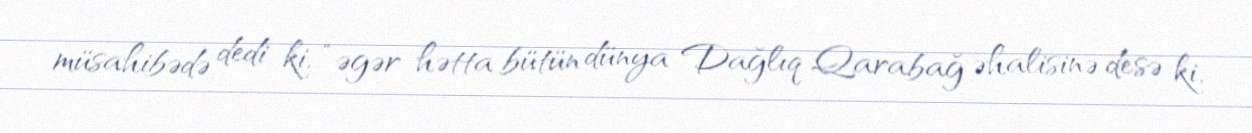
müsahibədə dedi ki, “əgər hətta bütün dünya Dağlıq Qarabağ əhalisinə desə ki,